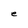
Character: e